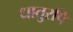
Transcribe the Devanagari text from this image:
धातुरपि